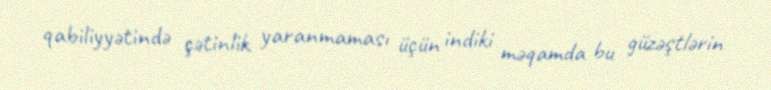
qabiliyyətində çətinlik yaranmaması üçün indiki məqamda bu güzəştlərin